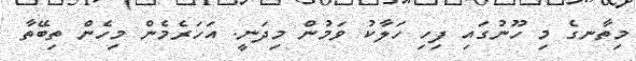
މިތާނގެ މި ހޫނުގައި ފިހި ހަލާކު ވަމުން މިދަނީ. އަހަރެމެން މިހެން ތިބޭތާ